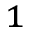
^ { 1 }